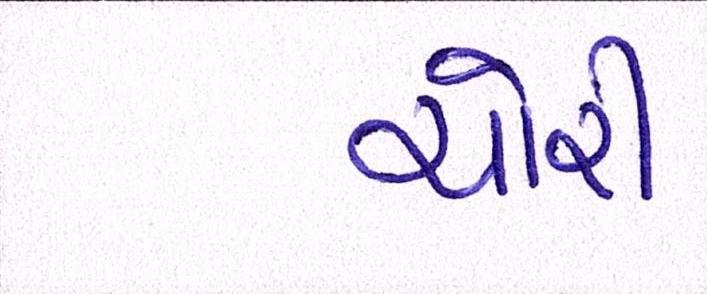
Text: ચોરી